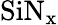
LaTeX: \mathrm{SiN_{x}}